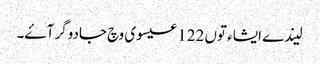
لیندے ایشاء توں 122 عیسوی وچ جادوگر آۓ۔